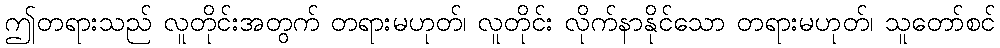
ဤတရားသည် လူတိုင်းအတွက် တရားမဟုတ်၊ လူတိုင်း လိုက်နာနိုင်သော တရားမဟုတ်၊ သူတော်စင်